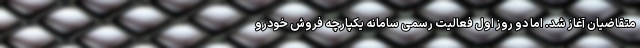
متقاضیان آغاز شد. اما دو روز اول فعالیت رسمی سامانه یکپارچه فروش خودرو